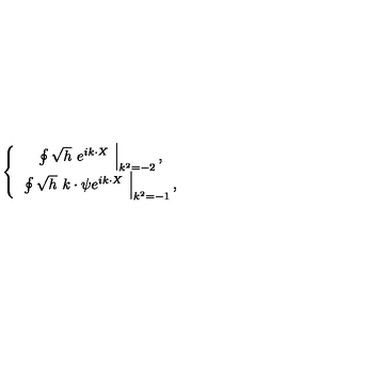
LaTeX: \left\{ \begin{array} { c } { \left. \oint \sqrt { h } \ e ^ { i k \cdot X } \ \right| _ { k ^ { 2 } = - 2 } , } \\ { \left. \oint \sqrt { h } \ k \cdot \psi e ^ { i k \cdot X } \ \right| _ { k ^ { 2 } = - 1 } , } \\ \end{array} \right.